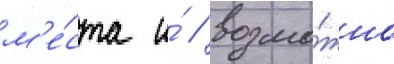
м'е́ста и́ / возмо́жно